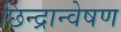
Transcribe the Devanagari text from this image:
छिन्द्रान्वेषण